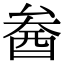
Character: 𨠒